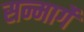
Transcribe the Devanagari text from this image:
सन्मार्गे